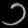
Digit: ၁